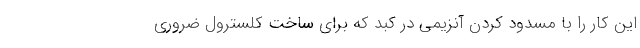
این کار را با مسدود کردن آنزیمی در کبد که برای ساخت کلسترول ضروری